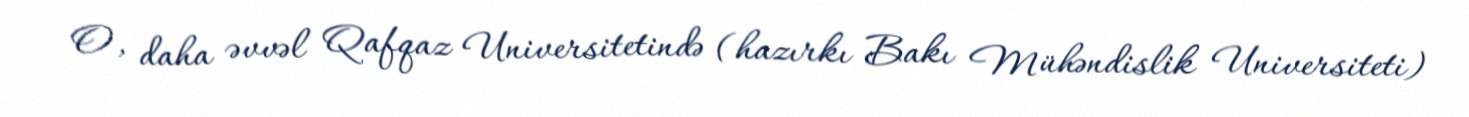
O, daha əvvəl Qafqaz Universitetində (hazırkı Bakı Mühəndislik Universiteti)